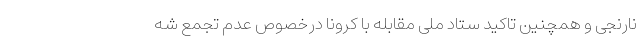
نارنجی و همچنین تاکید ستاد ملی مقابله با کرونا درخصوص عدم تجمع شه